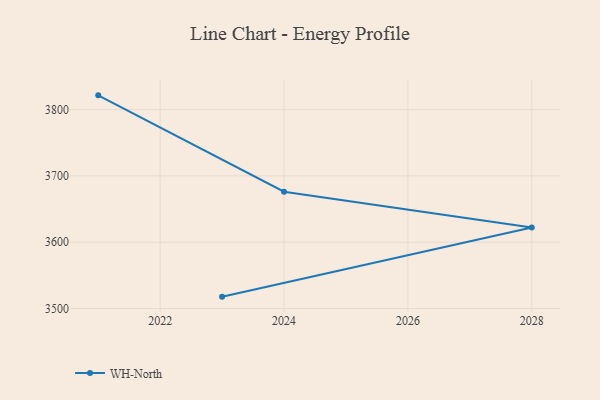
{"axis": {"x": "Year", "y": "Page Views"}, "legend": ["WH-North"], "data": [{"x": "2023", "y": 3517.8, "type": "WH-North"}, {"x": "2028", "y": 3622.0, "type": "WH-North"}, {"x": "2024", "y": 3676.1, "type": "WH-North"}, {"x": "2021", "y": 3821.5, "type": "WH-North"}]}